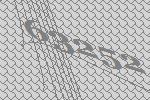
63252